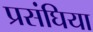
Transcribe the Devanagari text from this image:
प्रसंघिया